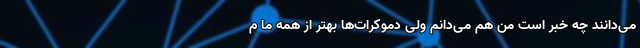
می‌دانند چه خبر است من هم می‌دانم ولی دموکرات‌ها بهتر از همه ما م